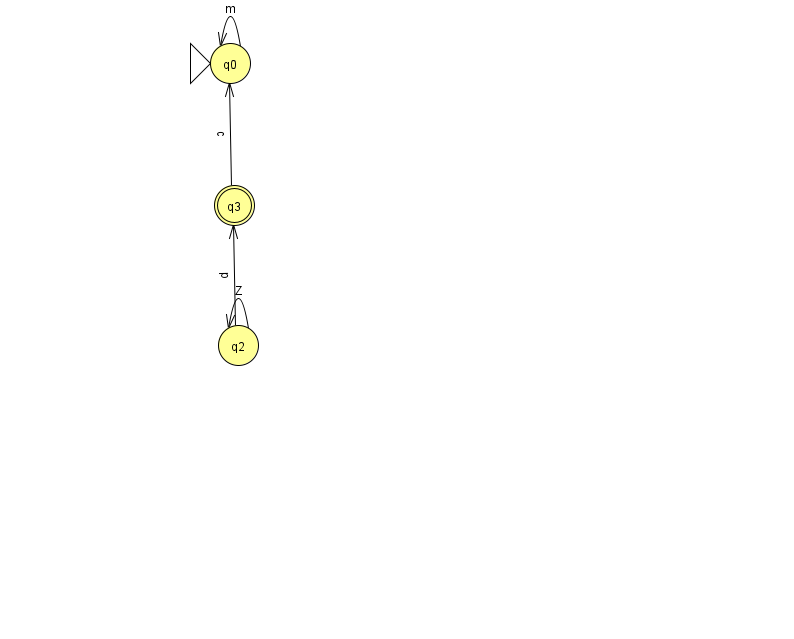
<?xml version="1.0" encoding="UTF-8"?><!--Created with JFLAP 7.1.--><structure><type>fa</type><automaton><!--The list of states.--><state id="0" name="q0"><x>230.0</x><y>50.0</y><initial/></state><state id="2" name="q2"><x>238.0</x><y>332.0</y></state><state id="3" name="q3"><x>234.0</x><y>192.0</y><final/></state><!--The list of transitions.--><transition><from>2</from><to>3</to><read>p</read></transition><transition><from>3</from><to>0</to><read>c</read></transition><transition><from>2</from><to>2</to><read>Z</read></transition><transition><from>0</from><to>0</to><read>m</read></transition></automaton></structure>